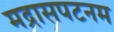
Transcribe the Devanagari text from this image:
मद्रासपटनम